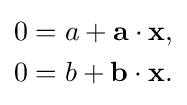
{\begin{aligned}0&=a+\mathbf {a} \cdot \mathbf {x} ,\\0&=b+\mathbf {b} \cdot \mathbf {x} .\end{aligned}}